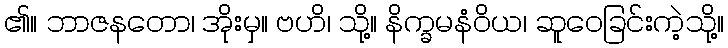
၏။ ဘာဇနတော၊ အိုးမှ။ ဗဟိ၊ သို့။ နိက္ခမနံဝိယ၊ ဆူဝေခြင်းကဲ့သို့။